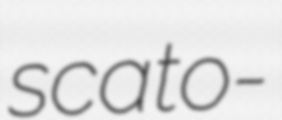
scato-